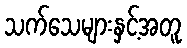
သက်သေများနှင့်အတူ